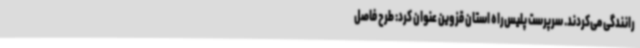
رانندگی می‌کردند. سرپرست پلیس‌راه استان قزوین عنوان کرد: طرح فاصل